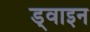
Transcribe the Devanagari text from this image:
ड्वाइन